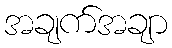
အချက်အချာ